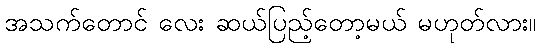
အသက်တောင် လေး ဆယ်ပြည့်တော့မယ် မဟုတ်လား။